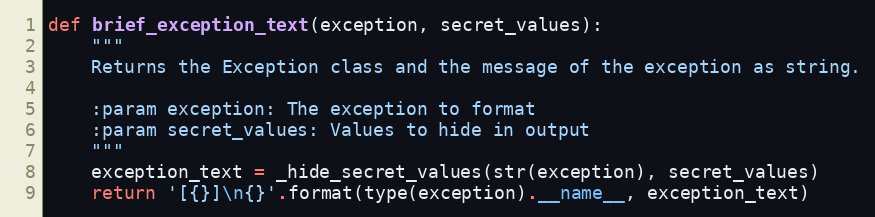
Language: Python
def brief_exception_text(exception, secret_values):
    """
    Returns the Exception class and the message of the exception as string.

    :param exception: The exception to format
    :param secret_values: Values to hide in output
    """
    exception_text = _hide_secret_values(str(exception), secret_values)
    return '[{}]\n{}'.format(type(exception).__name__, exception_text)